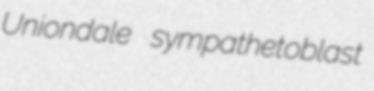
Uniondale sympathetoblast